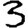
Digit: 3